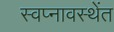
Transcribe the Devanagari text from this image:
स्वप्नावस्थेंत